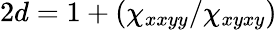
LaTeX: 2d=1+\left(\chi_{xxyy}/\chi_{xyxy}\right)